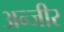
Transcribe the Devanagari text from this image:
अन्जीर